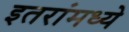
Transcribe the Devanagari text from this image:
इतरांमध्ये